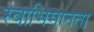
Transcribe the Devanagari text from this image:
स्वाभिमानता